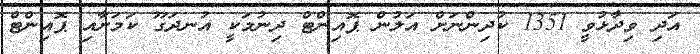
އަދި ވިދާޅުވީ 1351 ކުދިންނަށް އަލުން ޕޮއިންޓް ދިނުމަކީ އުނދަގޫ ކަމަށާއި ޕޮއިންޓް